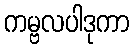
ကမ္ဗလပါဒုကာ